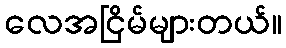
လေအငြိမ်များတယ်။